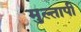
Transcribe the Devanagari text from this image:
मुल्तापी